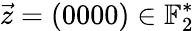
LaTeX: \vec{z}=(0000)\in\mathbb{F}_{2}^{*}